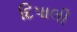
દિપાલી